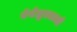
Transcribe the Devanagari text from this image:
वेनेझुएलाची